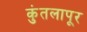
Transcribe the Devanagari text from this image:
कुंतलापूर